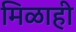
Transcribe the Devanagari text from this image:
मिळाही